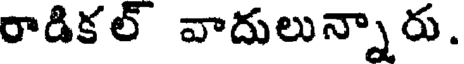
రాడికల్ వాదులున్నారు.